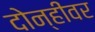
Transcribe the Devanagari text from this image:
दोन्हींवर